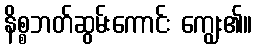
နိစ္စဘတ်ဆွမ်းကောင်း ကျွေး၏။